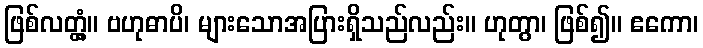
ဖြစ်လတ္တံ့။ ဗဟုဓာပိ၊ များသောအပြားရှိသည်လည်း။ ဟုတွာ၊ ဖြစ်၍။ ဧကော၊